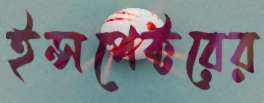
ইন্সপেক্টরের